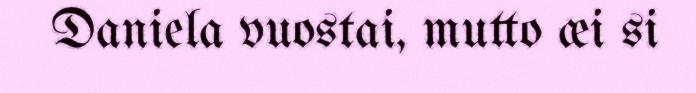
Daniela vuostai, mutto æi si